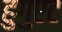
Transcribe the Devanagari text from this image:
हुगुएट